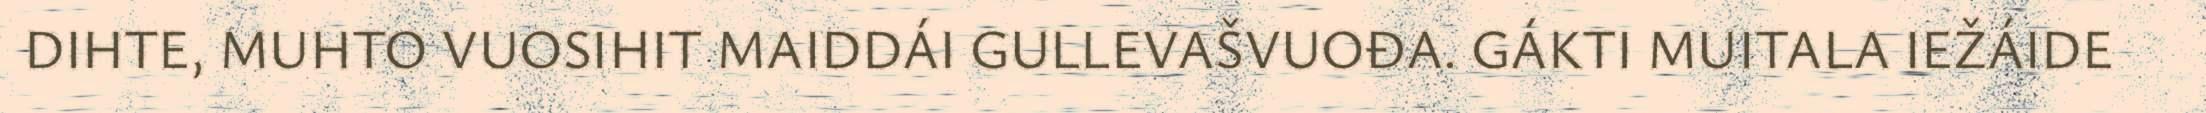
DIHTE, MUHTO VUOSIHIT MAIDDÁI GULLEVAŠVUOĐA. GÁKTI MUITALA IEŽÁIDE